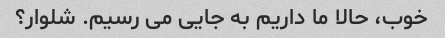
خوب، حالا ما داریم به جایی می رسیم. شلوار؟